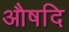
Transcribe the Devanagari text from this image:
औषदि